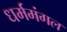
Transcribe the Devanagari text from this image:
धर्ममंगल